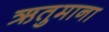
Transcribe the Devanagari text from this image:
ऋतुमाना